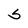
Character: S